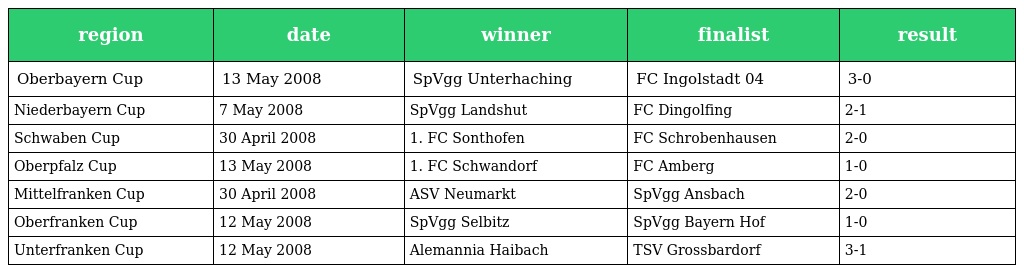
| region | date | winner | finalist | result |
 | --- | --- | --- | --- | --- |
 | Oberbayern Cup | 13 May 2008 | SpVgg Unterhaching | FC Ingolstadt 04 | 3-0 |
 | Niederbayern Cup | 7 May 2008 | SpVgg Landshut | FC Dingolfing | 2-1 |
 | Schwaben Cup | 30 April 2008 | 1. FC Sonthofen | FC Schrobenhausen | 2-0 |
 | Oberpfalz Cup | 13 May 2008 | 1. FC Schwandorf | FC Amberg | 1-0 |
 | Mittelfranken Cup | 30 April 2008 | ASV Neumarkt | SpVgg Ansbach | 2-0 |
 | Oberfranken Cup | 12 May 2008 | SpVgg Selbitz | SpVgg Bayern Hof | 1-0 |
 | Unterfranken Cup | 12 May 2008 | Alemannia Haibach | TSV Grossbardorf | 3-1 |